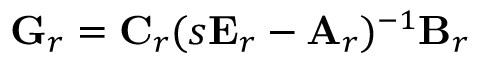
\mathbf { G } _ { r } = \mathbf { C } _ { r } ( s \mathbf { E } _ { r } - \mathbf { A } _ { r } ) ^ { - 1 } \mathbf { B } _ { r }